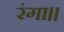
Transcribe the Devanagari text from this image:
रंगा।।